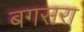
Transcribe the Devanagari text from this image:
बगसरा